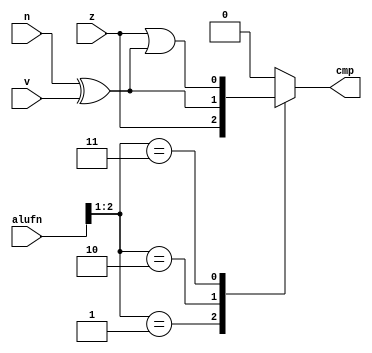
module compare_5 (
    input [5:0] alufn,
    input z,
    input v,
    input n,
    output reg cmp
  );
  
  
  
  always @* begin
    cmp = 8'h00;
    
    case (alufn[1+1-:2])
      2'h1: begin
        cmp = z;
      end
      2'h2: begin
        cmp = (n ^ v);
      end
      2'h3: begin
        cmp = z | (n ^ v);
      end
    endcase
  end
endmodule